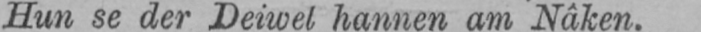
Hun se der Deiwel hannen am Nâken.